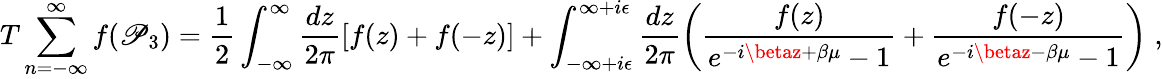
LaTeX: T\sum_{n=-\infty}^{\infty}f(\mathscr{P}_{3})=\frac{{1}}{{2}}\int_{-\infty}^{\infty}\frac{{dz}}{{2\pi}}[f(z)+f(-z)]+\int_{-\infty+i\epsilon}^{\infty+i\epsilon}\frac{{dz}}{{2\pi}}\left(\frac{{f(z)}}{{e^{-i\betaz+\beta\mu}-1}}+\frac{{f(-z)}}{{e^{-i\betaz-\beta\mu}-1}}\right)\; ,